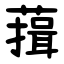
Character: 䔱